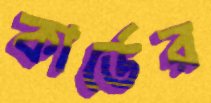
কার্ডের